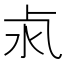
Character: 𣲊